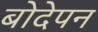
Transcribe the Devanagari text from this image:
बोदेपन